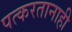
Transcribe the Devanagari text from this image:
पत्करतानाही